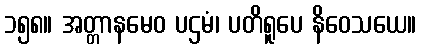
၁၅၈။ အတ္တာနမေဝ ပဌမံ၊ ပတိရူပေ နိဝေသယေ။